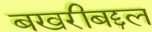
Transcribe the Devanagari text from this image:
बखरीबद्दल